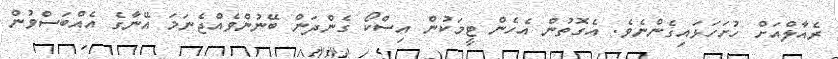
ރެއާލްއަށް ހުށަހަޅައިގެންނެވެ. އެގޮތުން އެހެން ޓީމަކުން އިސްކޯ ގެންދަން ބޭނުންވެއްޖެނަމަ އޭނާގެ އެއްބަސްވުން